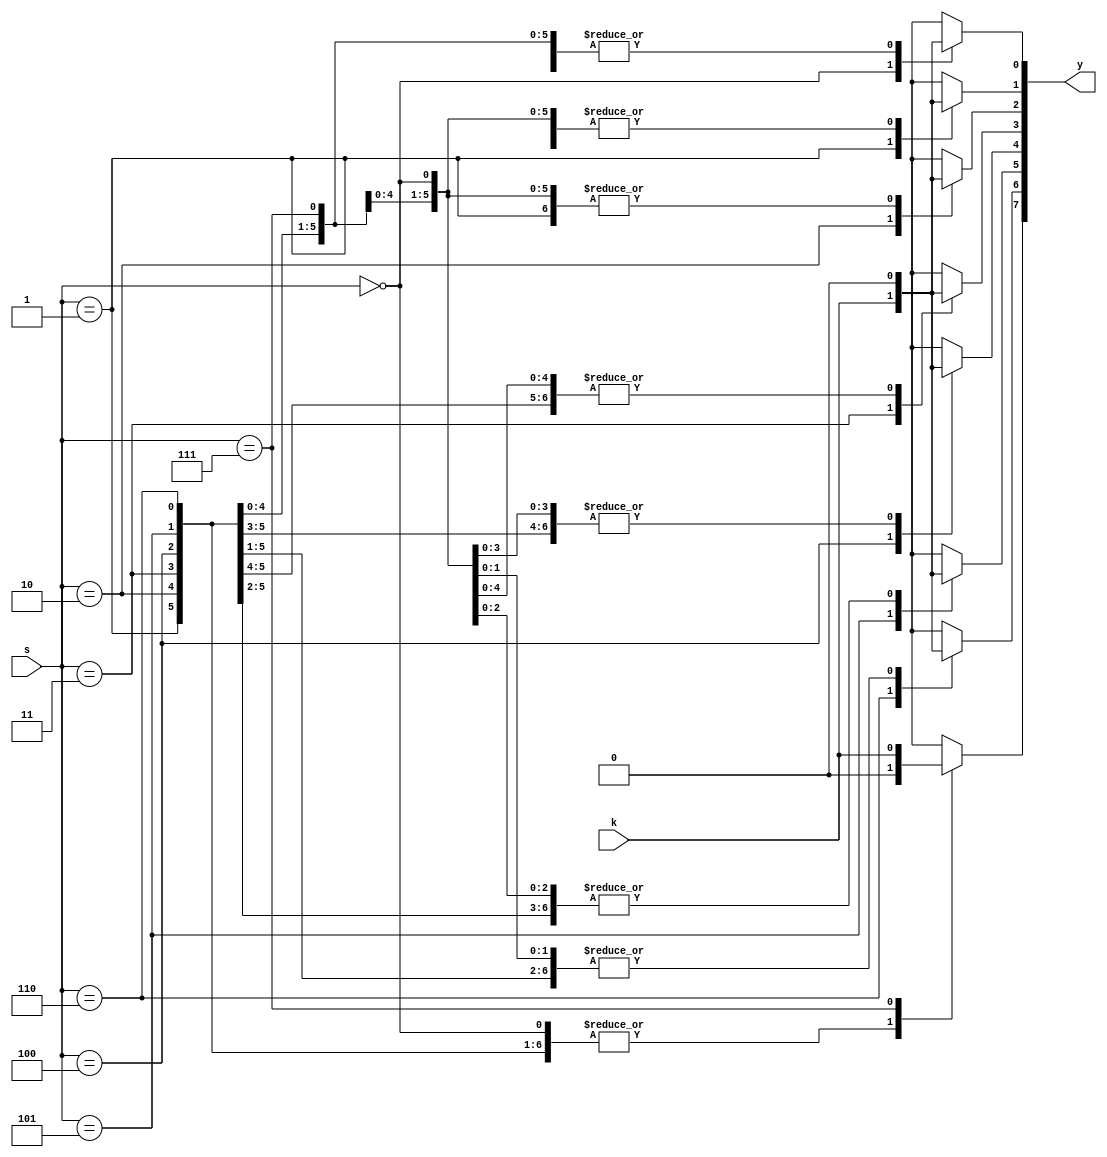
`timescale 1ns / 1ps

module demux(k,s,y);
output reg[7:0]y;
input k;
input [2:0] s;
always@(*)
begin y=0;
case(s)
3'b000: y[0]=k;
3'b001: y[1]=k;
3'b010: y[2]=k;
3'b011: y[3]=k;
3'b100: y[4]=k;
3'b101: y[5]=k;
3'b110: y[6]=k;
3'b111: y[7]=k;
endcase
end

endmodule